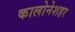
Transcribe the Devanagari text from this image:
कालोनेशहर